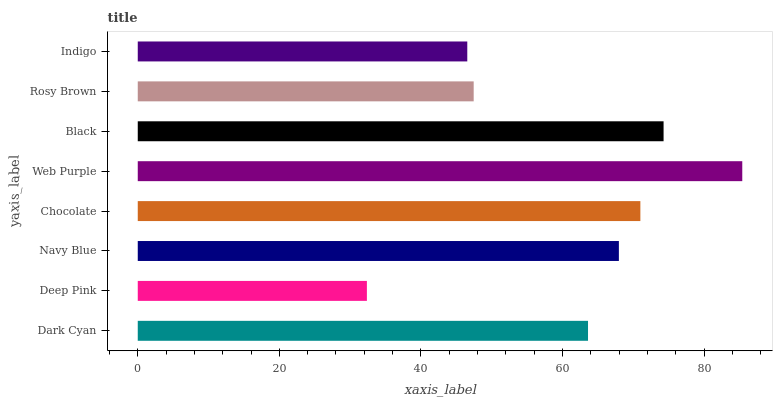
| yaxis_label | bars |
 | --- | --- |
 | Dark Cyan | 63.6 |
 | Deep Pink | 32.4 |
 | Navy Blue | 68 |
 | Chocolate | 71 |
 | Web Purple | 85.4 |
 | Black | 74.3 |
 | Rosy Brown | 47.5 |
 | Indigo | 46.6 |